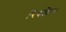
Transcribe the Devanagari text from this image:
रिपलेस